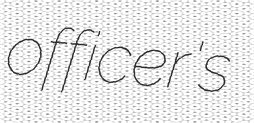
officer's